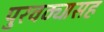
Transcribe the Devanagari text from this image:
पुरवठ्यासह